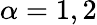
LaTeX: \alpha=1,2